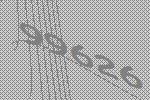
99626